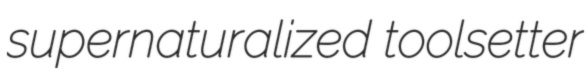
supernaturalized toolsetter